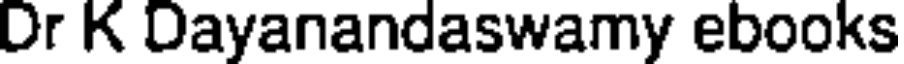
Dr K Dayanandaswamy ebooks